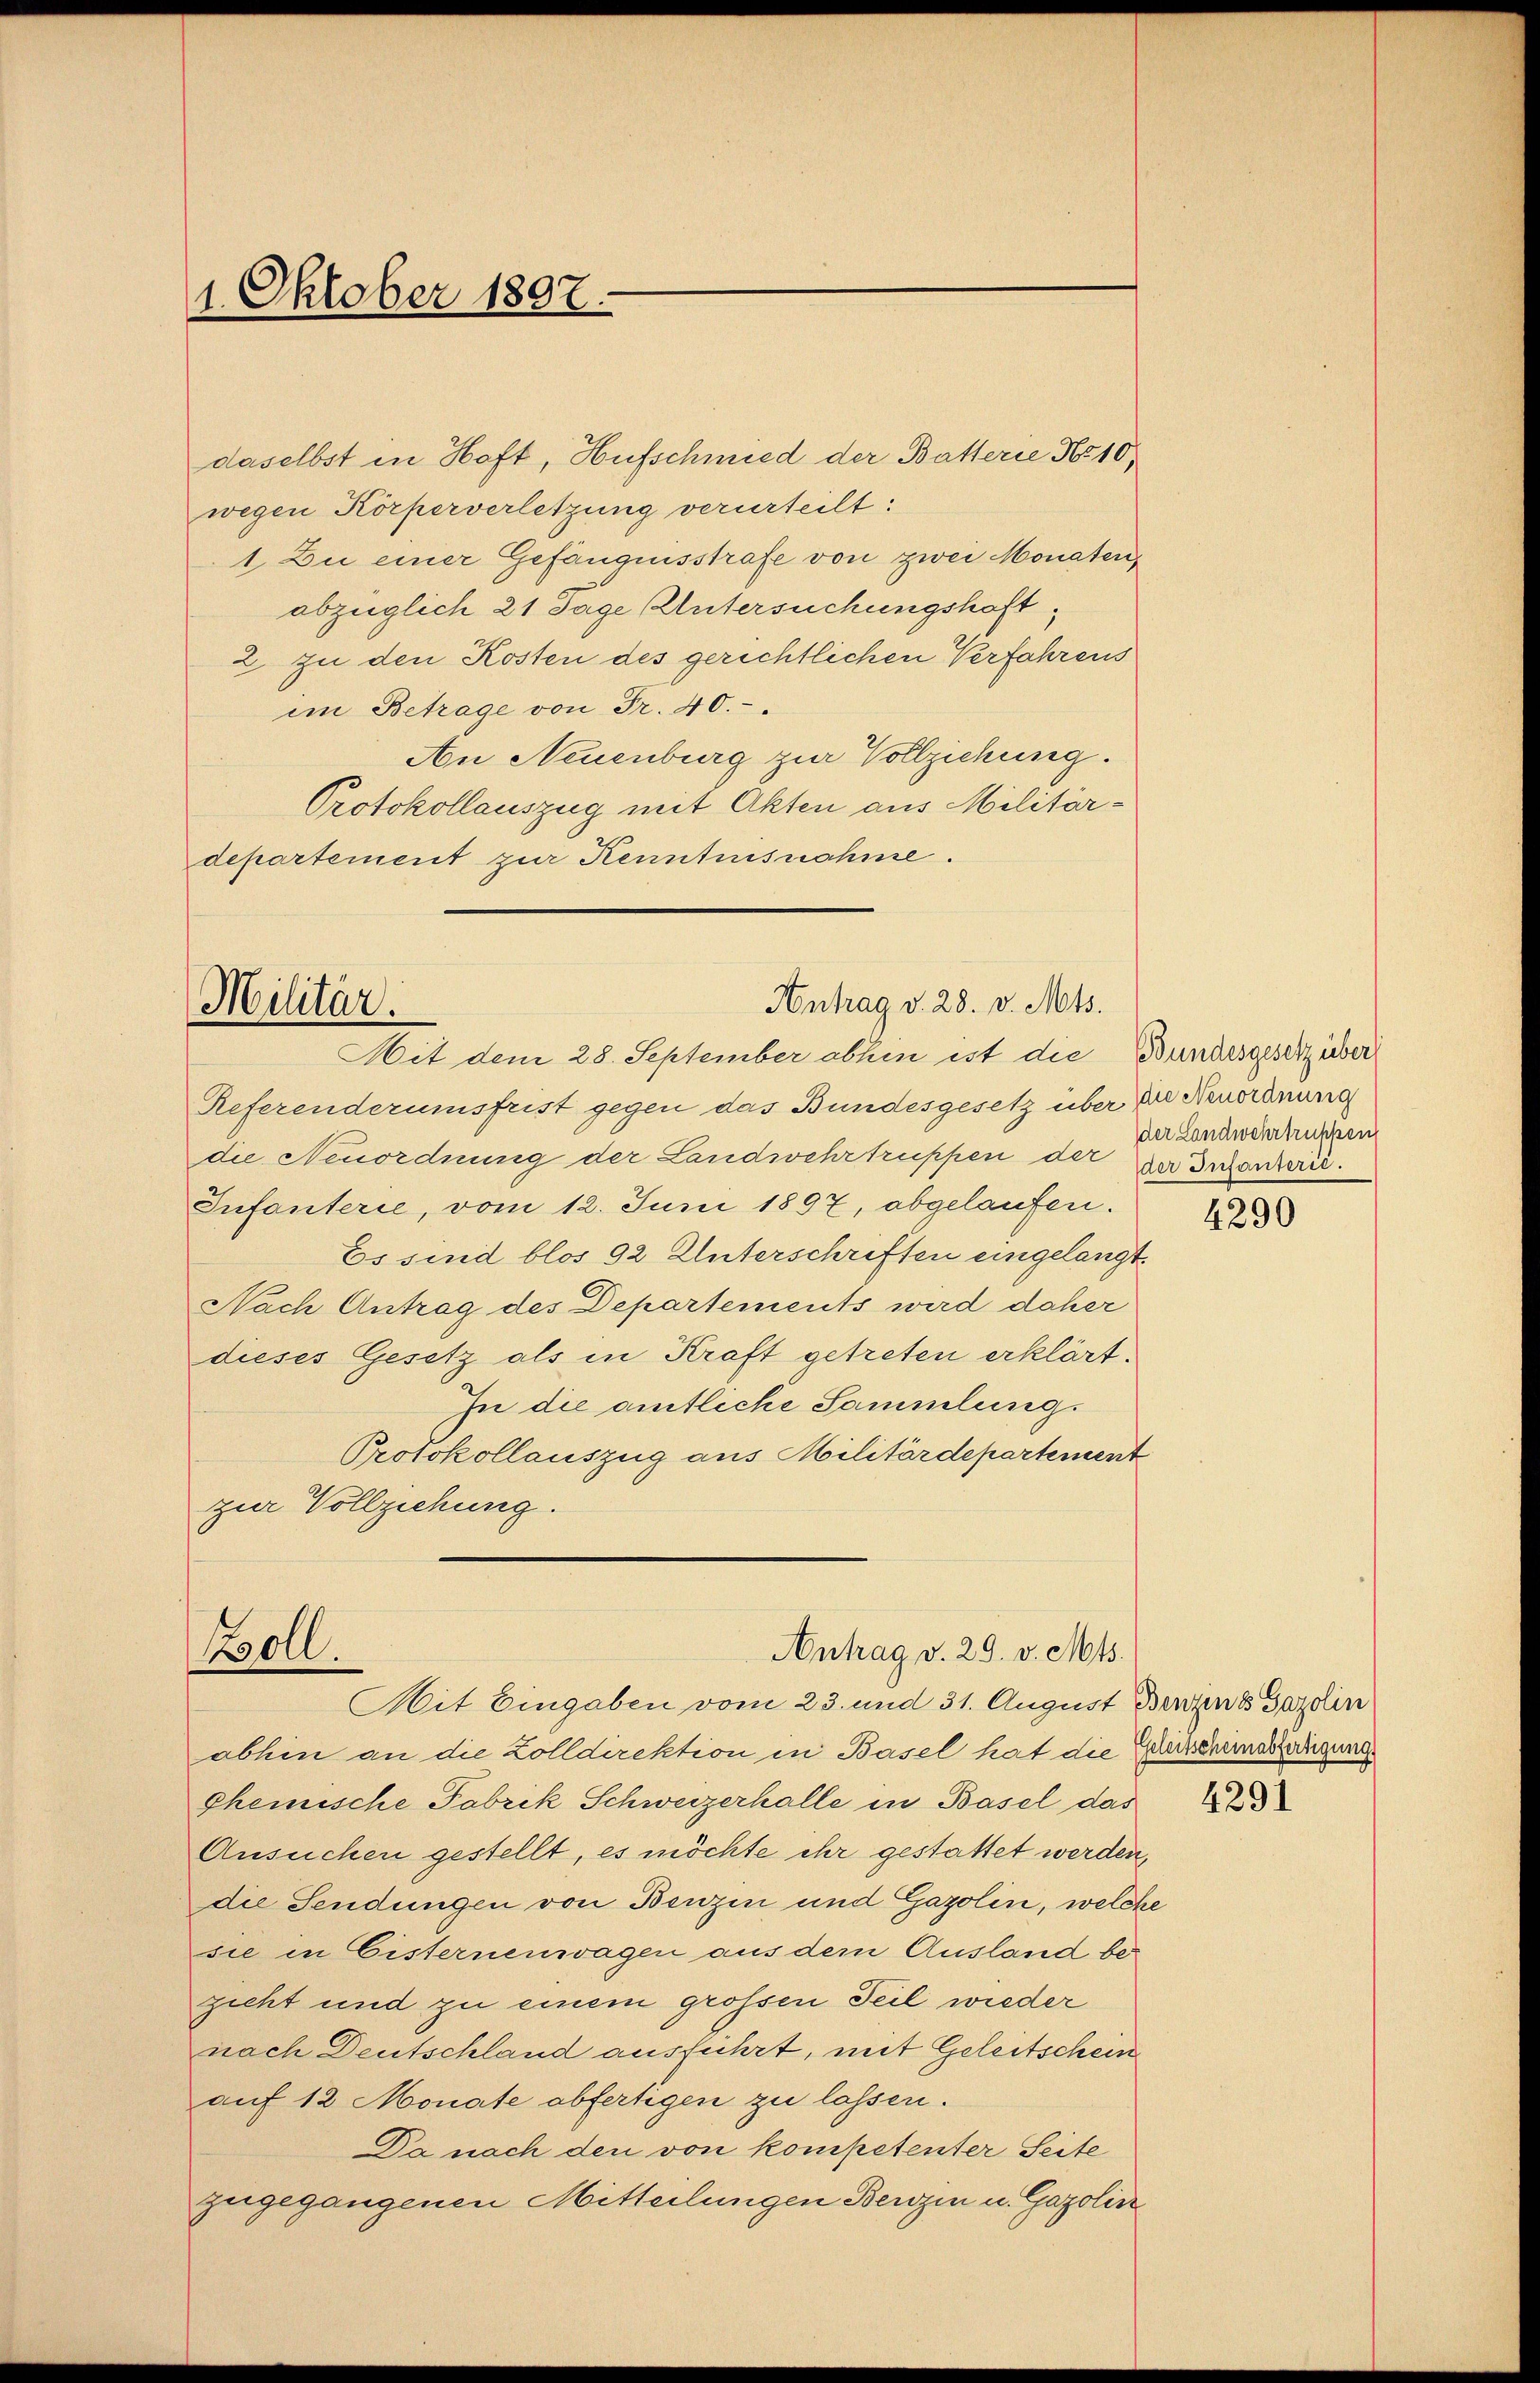
i Betrage von Fr. 40.
An Neuenburg zur Vollziehung.
Protokollauszug mit Akten aus Militärdepartement zur Kenntnisnahme.

1. Oktober 1897.

Referenderumsfrist gegen das Bundesgesetz über die Neuordnung
die Neuordnung der Landwehrtruppen der der Inanzern.
Infanterie, vom 12. Juni 1897, abgelaufen.
Es sind blos 92 Unterschriften eingelangt.
Nach Antrag des Departements wird daher
dieses Gesetz als in Kraft getreten erklärt.
In die amtliche Sammlung.
Protokollauszug aus Militärdepartement
zur Vollziehung.

daselbst in Hoft, Hufschmied der Batterie No 10
wegen Körperverletzung verurteilt:
1. Zu einer Gefängnisstrafe von zwei Monaten,
abzüglich 21 Tage Untersuchungshaft,
2. zu den Kosten des gerichtlichen Verfahrens

Antrag v. 28. v. Mts.
Militär.
Mit dem 28. September abhin ist die Bundesgesetz über

Boll.
Antrag v. 29. v. Mts.
Mit Eingaben vom 23. und 31. August Benzend Gazelin

abhin an die Zolldirektion in Basel hat die Geheisscheinssertigung.
Chemische Fabrik Schweizerhalle in Basel das
Ansuchen gestellt, es möchte ihr gestattet werden,
die Sendungen von Benzin und Gazolin, welche
sie in Eisternenwagen aus dem Ausland bezieht und zu einem grossen Teil wieder
nach Deutschland ausführt, mit Geleitschein
auf 12 Monate abfertigen zu lassen.
Da nach den von kompetenter Seite
zugegangenen Mitteilungen Benzin u. Gazolin

der Landwehrtruppen

4290

4291